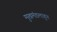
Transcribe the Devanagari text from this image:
मुखमंडलाहून